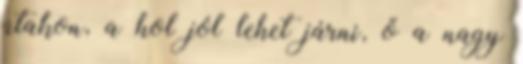
útakon, a hol jól lehet járni, ő a nagy